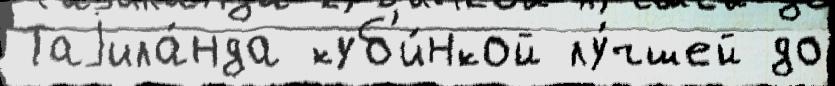
Таjила́нда куб'и́нкой лу́чшей до